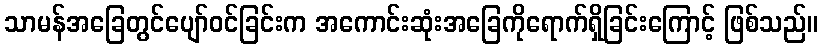
သာမန်အခြေတွင်ပျော်ဝင်ခြင်းက အကောင်းဆုံးအခြေကိုရောက်ရှိခြင်းကြောင့် ဖြစ်သည်။